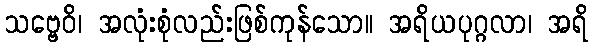
သဗ္ဗေဝိ၊ အလုံးစုံလည်းဖြစ်ကုန်သော။ အရိယပုဂ္ဂလာ၊ အရိ